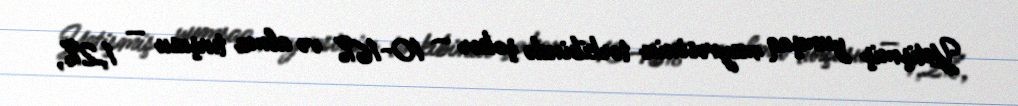
Yetişmiş yumşaq meyvəsinin tərkibində şəkər — 10-16% və alma turşusu — 1,2%,